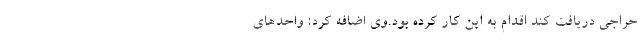
حراجی دریافت کند اقدام به این کار کرده بود.وی اضافه کرد: واحد‌های